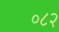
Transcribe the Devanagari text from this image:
०८२